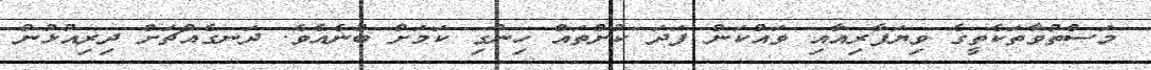
މަސްތުވާތަކެތީގެ ވިޔަފާރިއާއި ވައްކަން ފަދަ ކުށްތައް ހިންގި ކަމަށް ބުނެއެވެ. ދަނގެއްޗަށް ދިރިއުޅުން